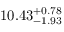
1 0 . 4 3 _ { - 1 . 9 3 } ^ { + 0 . 7 8 }